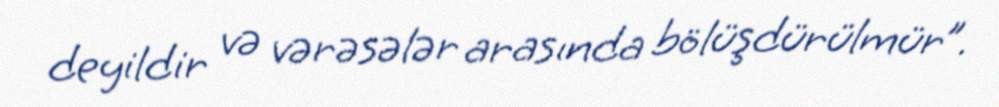
deyildir və vərəsələr arasında bölüşdürülmür”.